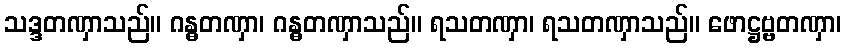
သဒ္ဒတဏှာသည်။ ဂန္ဓတဏှာ၊ ဂန္ဓတဏှာသည်။ ရသတဏှာ၊ ရသတဏှာသည်။ ဖောဋ္ဌဗ္ဗတဏှာ၊